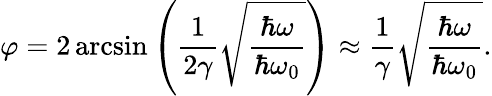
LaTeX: \varphi=2\arcsin\left(\frac{1}{2\gamma}\sqrt{\frac{\hbar\omega}{\hbar\omega_{0}}}\right)\approx\frac{1}{\gamma}\sqrt{\frac{\hbar\omega}{\hbar\omega_{0}}}.